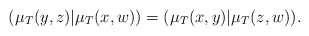
\begin{align*} (\mu_T(y,z)|\mu_T(x,w)) = (\mu_T(x,y)|\mu_T(z,w)).\end{align*}